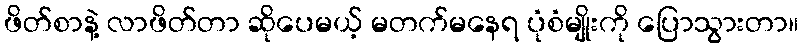
ဖိတ်စာနဲ့ လာဖိတ်တာ ဆိုပေမယ့် မတက်မနေရ ပုံစံမျိုးကို ပြောသွားတာ။